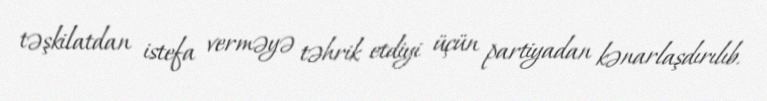
təşkilatdan istefa verməyə təhrik etdiyi üçün partiyadan kənarlaşdırılıb.